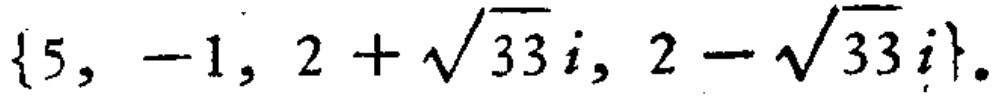
\(\{5, -1, 2 + \sqrt{33}i, 2 - \sqrt{33}i\}\)